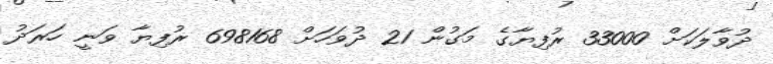
ދުވާލަކަށް 33000 ރުފިޔާގެ މަގުން 21 ދުވަހަށް 698168 ރުފިޔާ ވަނީ ހަރަދު